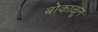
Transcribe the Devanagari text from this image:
बोकाळून